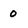
Character: 0